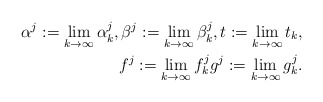
\begin{align*} \alpha^j := \lim_{k\to\infty} \alpha^j_k, \beta^j:=\lim_{k\to\infty} \beta^j_k, t:= \lim_{k\to\infty} t_k, \\f^j:= \lim_{k\to\infty} f^j_k g^j:= \lim_{k\to\infty} g^j_k.\end{align*}